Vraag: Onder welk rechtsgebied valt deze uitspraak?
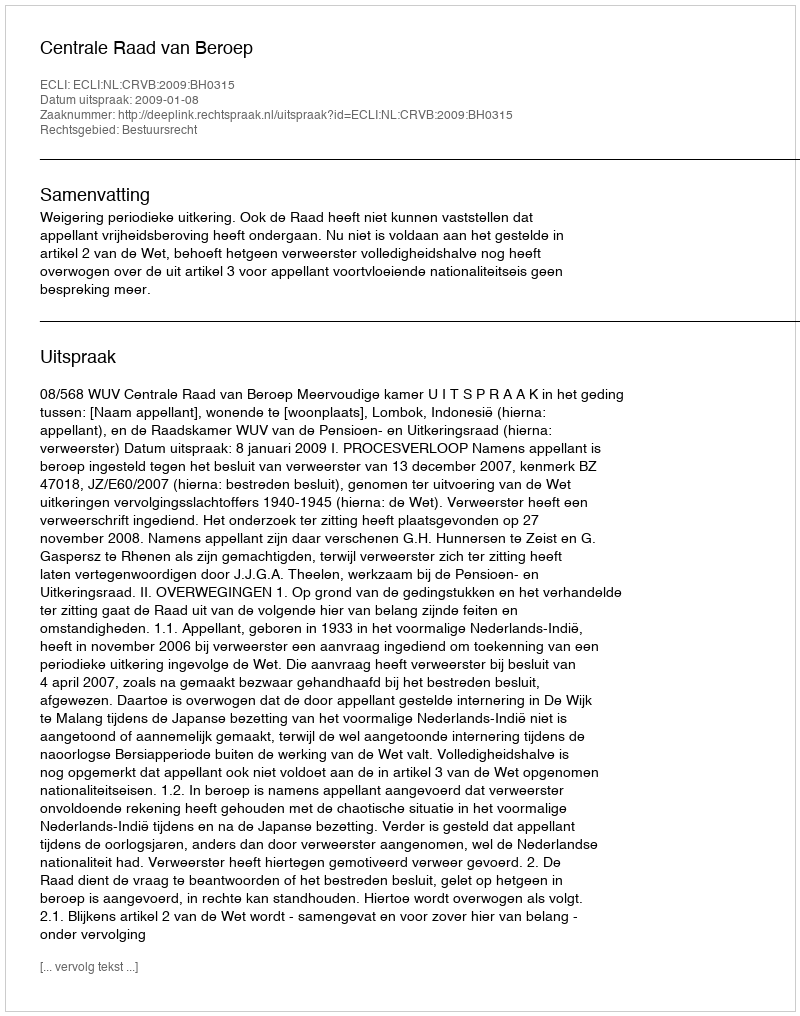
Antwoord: Bestuursrecht